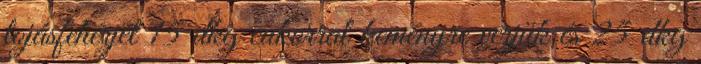
tojásfehérjét 15 dkg cukorral keményre verjük és 25 dkg